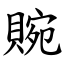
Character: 䝹